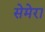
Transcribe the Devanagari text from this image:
सेमेरा